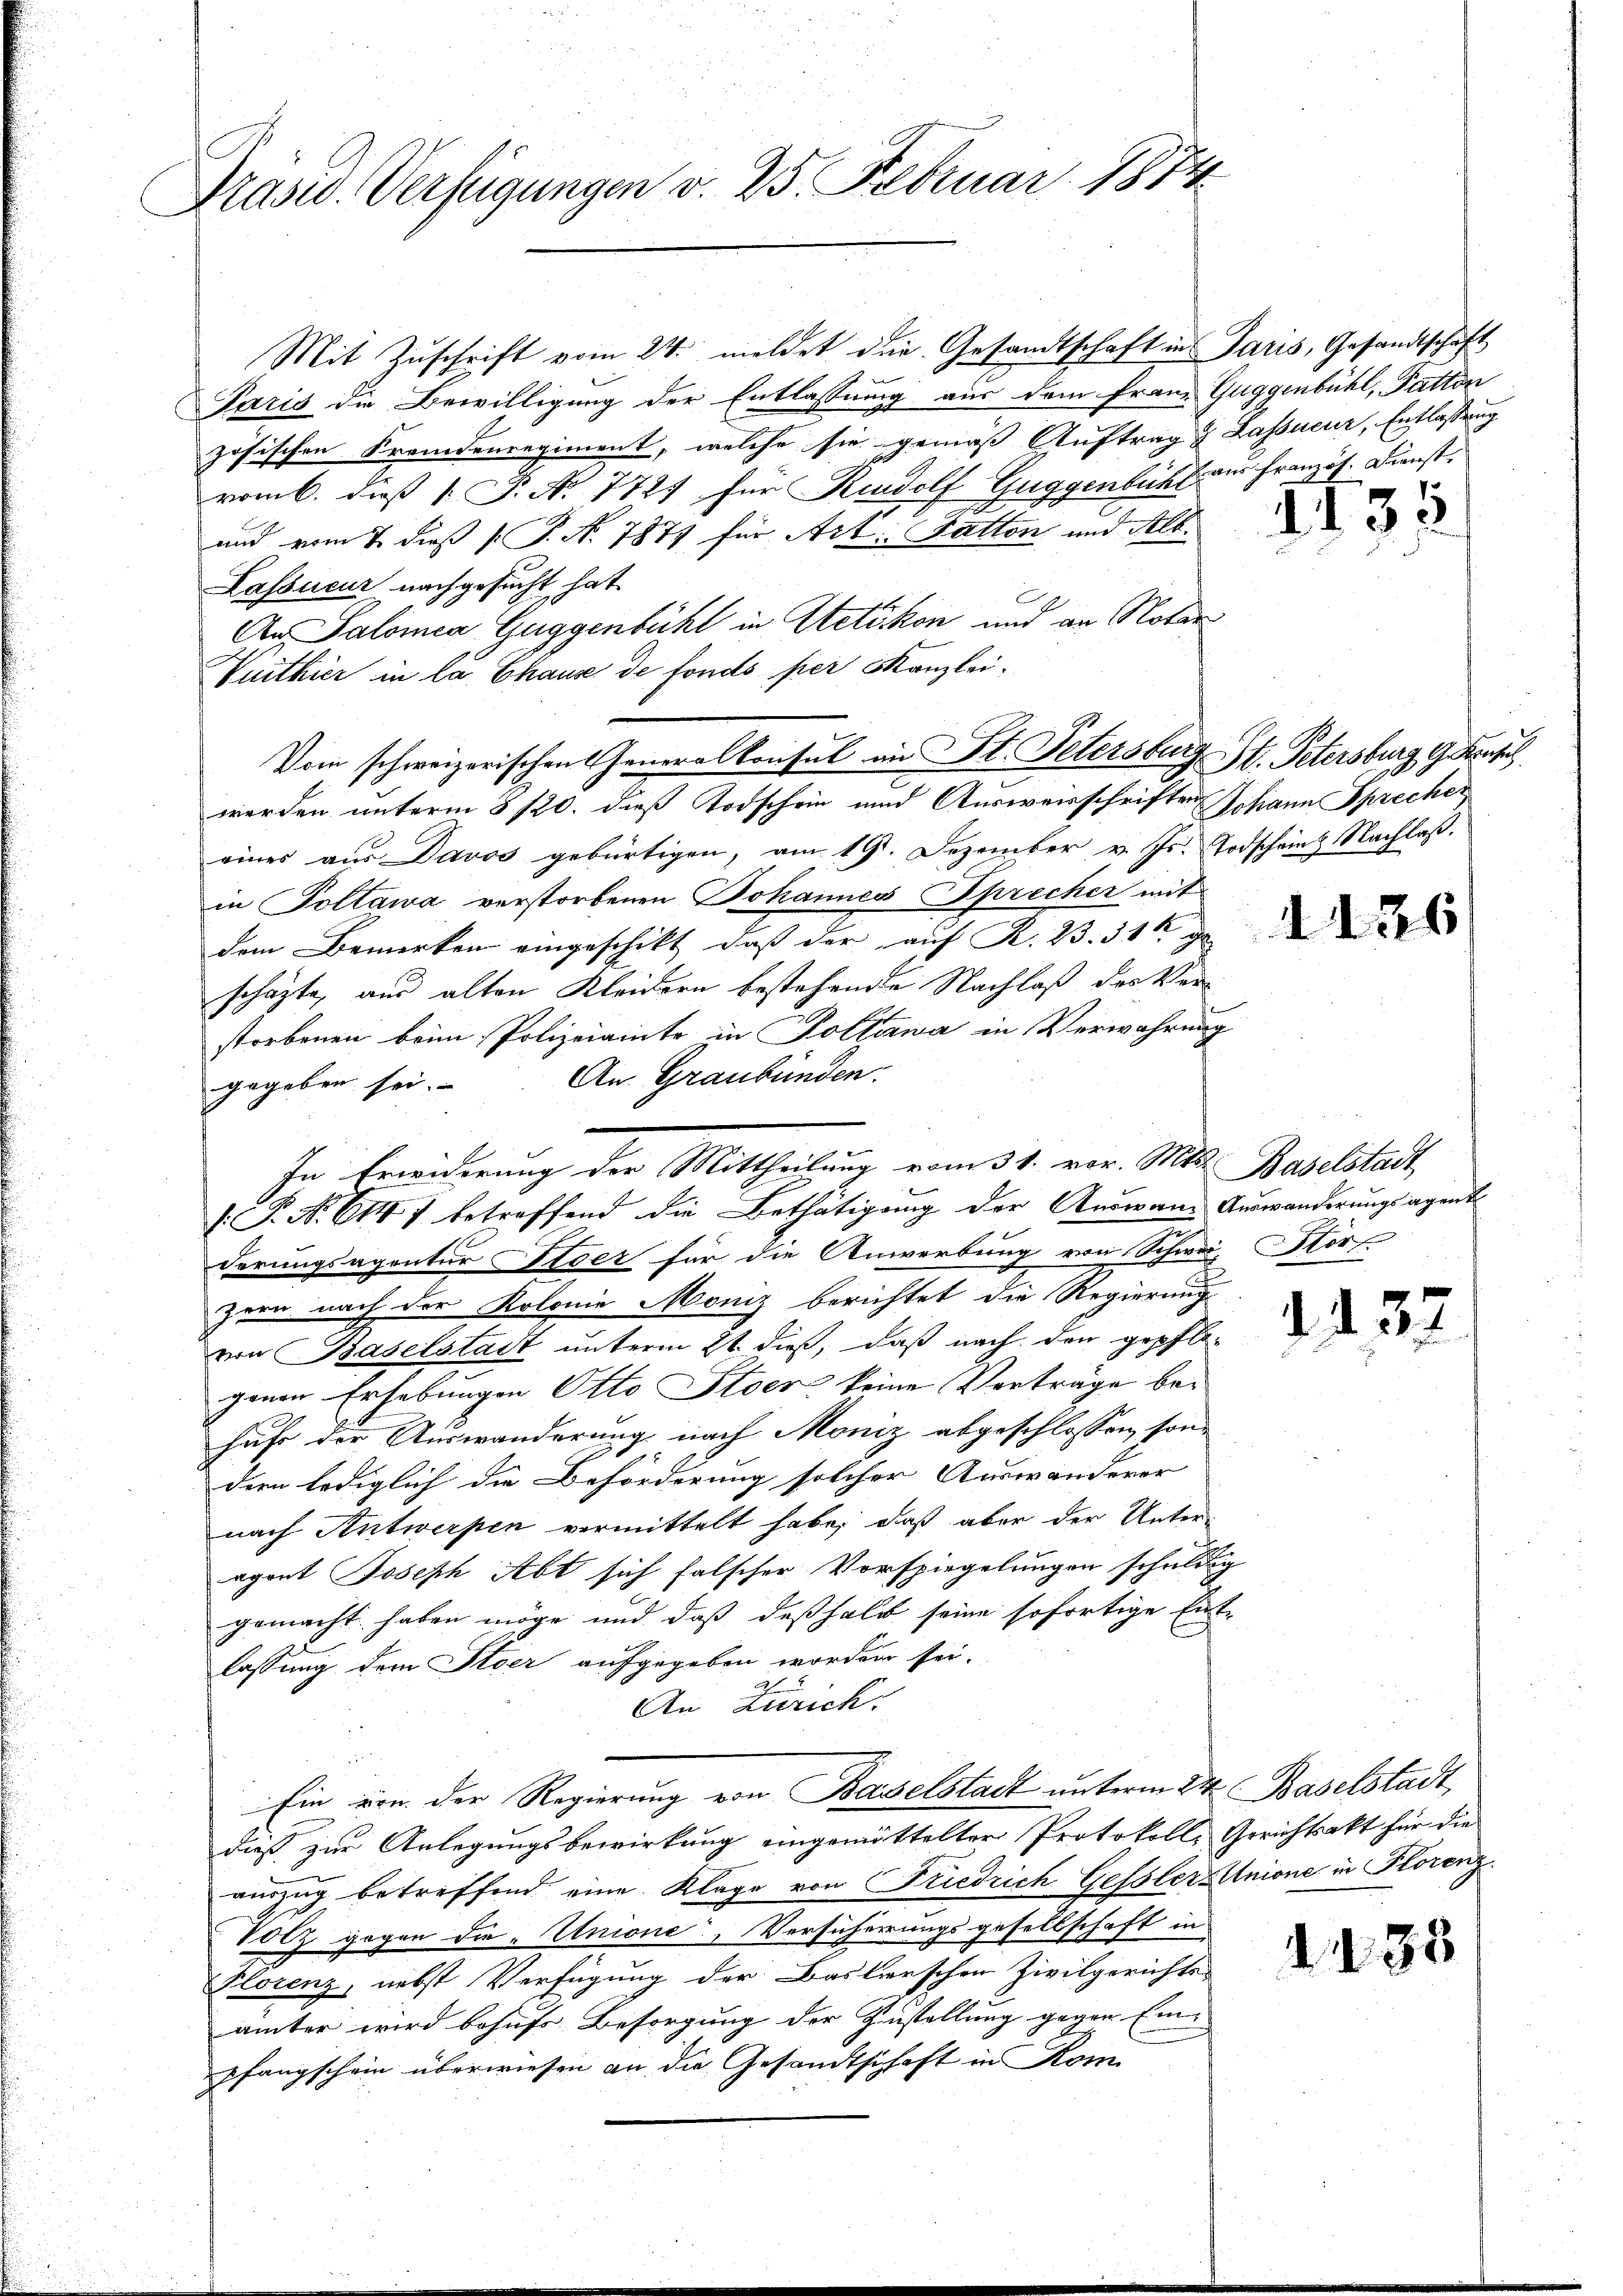
Präsid. Verfügungen v. 25. Februar 1874

Mit Zuschrift vom 24. meldet die Gesandtschaft in Paris, Gesandtschaft
Paris die Bewilligung der Entlassung aus dem Franz Guggenbühl, Fatton
zösischen Fremdenregiment, welche sie gemäß Auftrag & Lassneur, Entlassung
vom 6. dieß P. No. 7727 für Rudolf Guggenbühl am Französ. Dienst
und vom 7. dieß P. N. 787 für Art. Fatton und Alb.
Lassecur nachgesucht hat.
An Salomea Guggenbühl in Stetikon und an Notar
Vuithier in la Chaus de fonds per Kanzlei¬
Vom schweizerischen Generalkonsul in St. Petersburg St. Petersburg Grafe
werden unterm 8/20. dieß Todschein und Auswerschriften Johann Sprecher
eines aus Davos gebürtigen, am 19. Dezember v. Js. Todscheine Nachlaß.
in Poltawa verstorbenen Johannes Sprecher mit
dem Bemerken eingeschikt, daß der auf K. 23. 31 ge
schäfte, aus alten Kleidern bestehende Nachlaß des Verstorbenen beim Polizeiamte in Pollawa in Verwahrung
An Graubünden:
gegeben sei.
[.P. Nr. 614 f betreffend die Bethätigung der Auswann Auswanderungsagent
derungsagentur Itoer für die Anwerbung von Schwei Stor
zern nach der Kolonie Moniz berichtet die Regierung
von Baselstadt unterm 21. dieß, daß nach den gepflo-
genen Erhebungen Otto Stoer keine Verträge behufe der Auswanderung nach Moniz abgeschlossen, sondern lediglich die Beförderung solcher Auswanderer
nach Antwerpen vermittelt habe, daß aber der Unter-
agant Joseph Abt sich falscher Vorspiegelungen schuldig
gemacht haben möge und daß deßhalb seine sofortige Ent
lassung dem Stoer aufgegeben worden sei.
An Zürich.
Ein von der Regierung von Baselstadt unterm 24. Baselstadt,
dieß zur Anlegungsbewirkung eingemittelter Protokoll, Gerichtsakt für die
auszug betreffend eine Klage von Friedrich Gessler Unione in Florenz
Volz gegen die „Unione, Versicherungsgesellschaft in
Florenz, nebst Verfügung der Baslerschen Zivilgerichts-
ämter wird behufs Besorgung der Zustellung gegen Ein-
pfangschein überwiesen an die Gesandtschaft in Kom

In Erwiderung der Mittheilung vom 31. vor. Mts. Baselstadt,

d. d. 33.

126

d. d. 22

2438